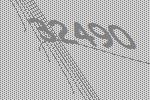
32490